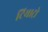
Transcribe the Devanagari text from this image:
टियाट्रो